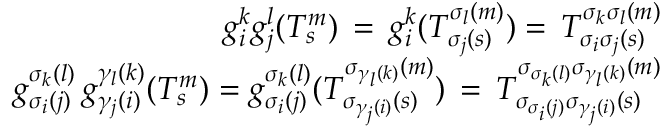
\begin{array} { r } { g _ { i } ^ { k } g _ { j } ^ { l } ( T _ { s } ^ { m } ) \, = \, g _ { i } ^ { k } ( T _ { \sigma _ { j } ( s ) } ^ { \sigma _ { l } ( m ) } ) = \, T _ { \sigma _ { i } \sigma _ { j } ( s ) } ^ { \sigma _ { k } \sigma _ { l } ( m ) } } \\ { g _ { \sigma _ { i } ( j ) } ^ { \sigma _ { k } ( l ) } \, g _ { \gamma _ { j } ( i ) } ^ { \gamma _ { l } ( k ) } ( T _ { s } ^ { m } ) = g _ { \sigma _ { i } ( j ) } ^ { \sigma _ { k } ( l ) } ( T _ { \sigma _ { \gamma _ { j } ( i ) } ( s ) } ^ { \sigma _ { \gamma _ { l } ( k ) } ( m ) } ) \, = \, T _ { \sigma _ { \sigma _ { i } ( j ) } \sigma _ { \gamma _ { j } ( i ) } ( s ) } ^ { \sigma _ { \sigma _ { k } ( l ) } \sigma _ { \gamma _ { l } ( k ) } ( m ) } } \end{array}